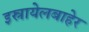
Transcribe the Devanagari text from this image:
इस्रायेलबाहेर